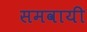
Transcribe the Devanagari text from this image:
समवायी